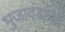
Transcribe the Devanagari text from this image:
भुजादंडाच्या